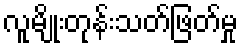
လူမျိုးတုန်းသတ်ဖြတ်မှု